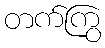
တက်ကြွ